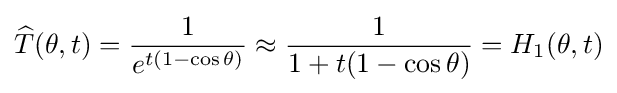
{\widehat {T}}(\theta ,t)={\frac {1}{e^{t(1-\cos \theta )}}}\approx {\frac {1}{1+t(1-\cos \theta )}}=H_{1}(\theta ,t)